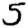
Digit: 5